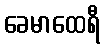
ခေမာထေရီ